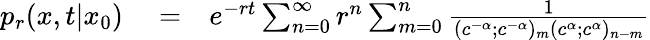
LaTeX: \begin{array}{rlr}{p_{r}(x,t|x_{0})}&{{}=}&{e^{-rt}\sum_{n=0}^{\infty}r^{n}\sum_{m=0}^{n}\frac{1}{(c^{-\alpha};c^{-\alpha})_{m}(c^{\alpha};c^{\alpha})_{n-m}}}\end{array}